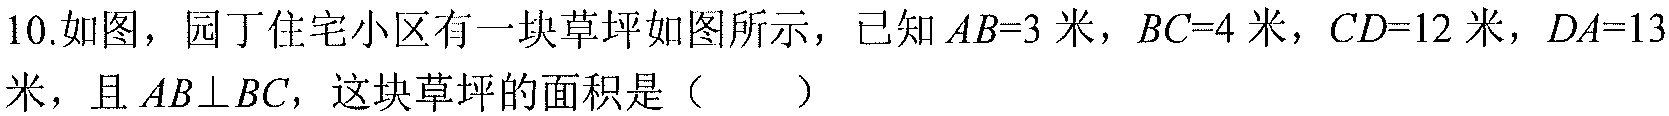
10.如图，园丁住宅小区有一块草坪如图所示，已知 \(AB = 3\)米，\(BC = 4\)米，\(CD = 12\)米，\(DA = 13\)
米，且 \(AB\perp BC\)，这块草坪的面积是（  ）